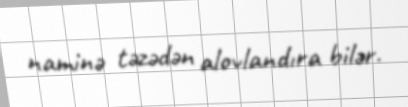
naminə təzədən alovlandıra bilər.